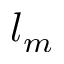
l _ { m }